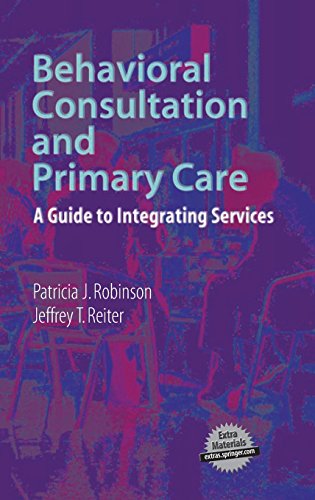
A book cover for Behavioral Consultation and Primary Care: A Guide to Integrating Services; Patricia J. Robinson; Medical Books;